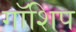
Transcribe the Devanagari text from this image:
गॉशिप